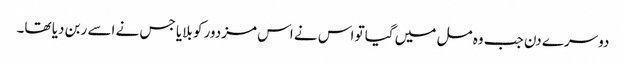
دوسرے دن جب وہ مل میں گیا تو اس نے اس مزدور کو بلایا جس نے اسے ربن دیا تھا۔